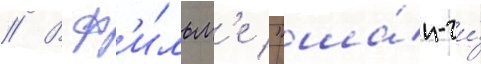
// В ф'и́льм'е "ша́н-чи́